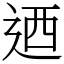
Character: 迺